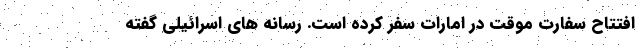
افتتاح سفارت موقت در امارات سفر کرده است. رسانه های اسرائیلی گفته